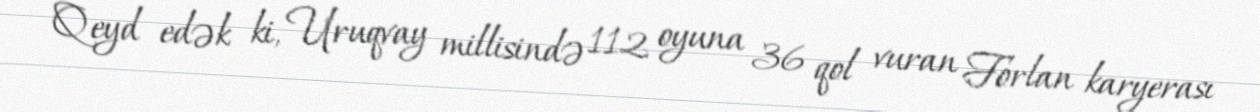
Qeyd edək ki, Uruqvay millisində 112 oyuna 36 qol vuran Forlan karyerası